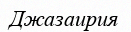
Джазаирия